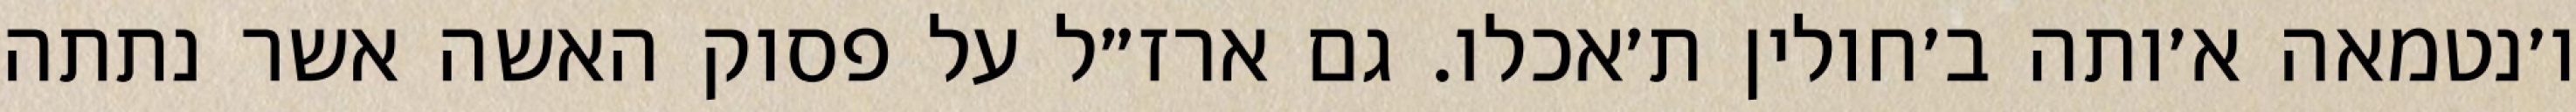
ו׳נטמאה א׳ותה ב׳חולין ת׳אכלו. גם ארז״ל על פסוק האשה אשר נתתה